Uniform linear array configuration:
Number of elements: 8
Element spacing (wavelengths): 0.5
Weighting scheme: hamming
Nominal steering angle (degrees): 30
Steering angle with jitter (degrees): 28.196
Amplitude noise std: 0.05
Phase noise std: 0.05

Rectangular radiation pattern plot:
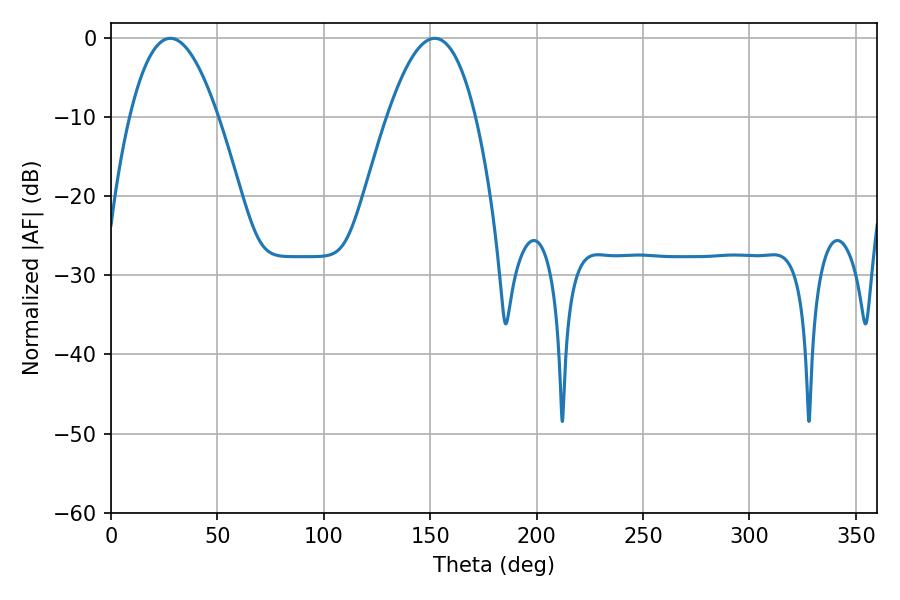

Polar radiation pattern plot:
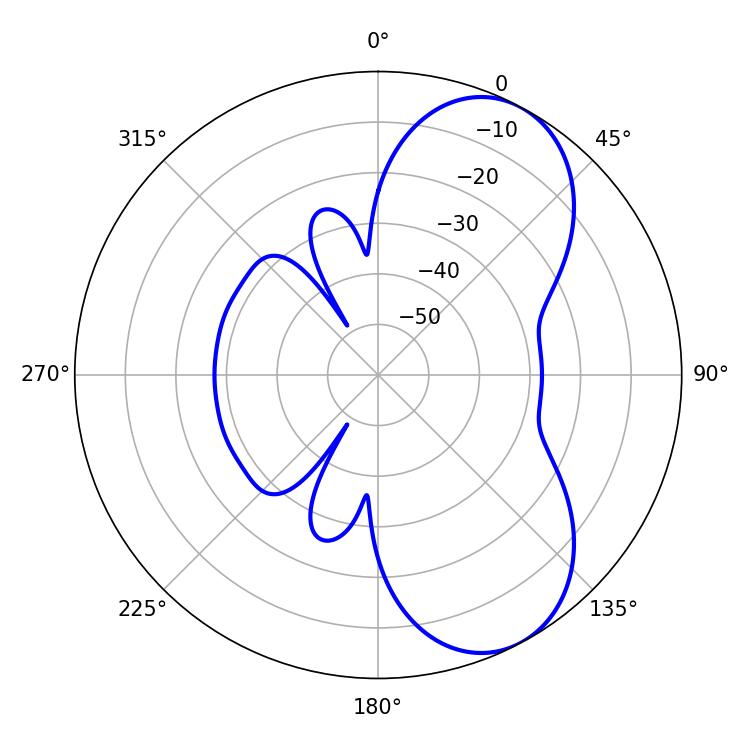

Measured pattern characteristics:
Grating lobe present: FALSE
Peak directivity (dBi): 6.917
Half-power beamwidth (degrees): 22.68
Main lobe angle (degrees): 27.9